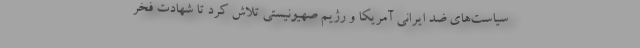
سیاست‌های ضد ایرانی آمریکا و رژیم صهیونیستی تلاش کرد تا شهادت فخر